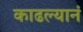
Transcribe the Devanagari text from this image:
काढल्यानं